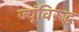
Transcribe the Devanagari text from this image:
ज्यूंविरुद्ध